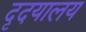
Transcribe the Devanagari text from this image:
दृदयालय